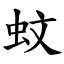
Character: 蚊